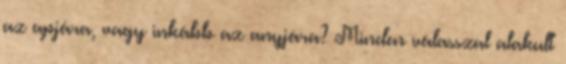
az apjára, vagy inkább az anyjára? Minden válasszal alakult